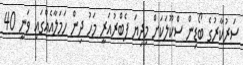
ސަރުކާރުގެ ބޯޑިން ސްކޫލަކަށް މިދިޔަ ފެބްރުއަރީ މަހު ދިން ހަމަލާއެއްގައި ވަނީ 40